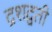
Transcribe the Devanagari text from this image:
द्रशद्वती